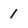
Character: 1